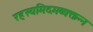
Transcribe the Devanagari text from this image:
रहस्यमिदमव्यक्तन्न